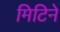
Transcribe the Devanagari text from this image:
मिटिने